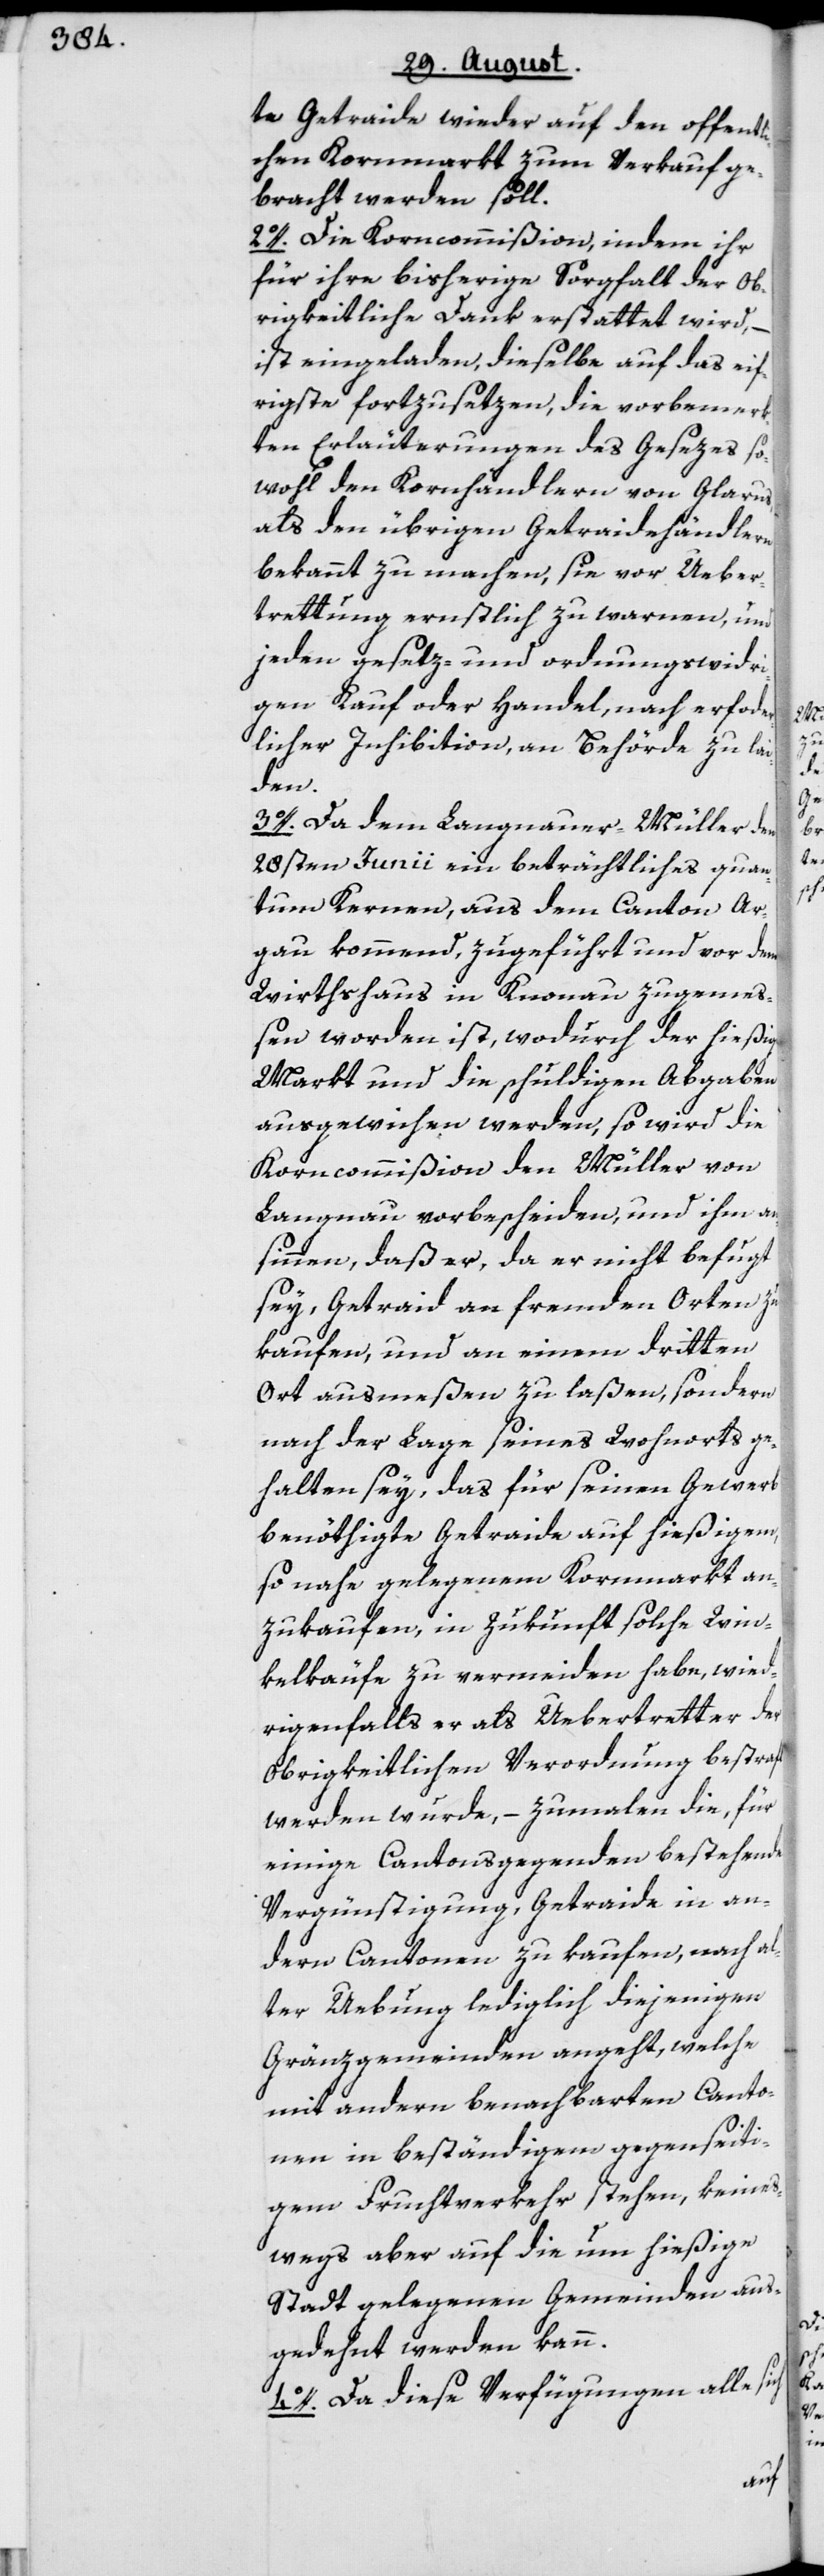
te Getraide wieder auf den offentli¬
chen Kornmarkt zum Verkauf ge¬
bracht werden soll.
2o. Die Korncommißion, indem ihr
für ihre bisherige Sorgfalt der ob¬
rigkeitliche Dank erstattet wird, –
ist eingeladen, dieselbe auf das eif¬
rigste fortzusetzen, die vorbemerk¬
ten Erläuterungen des Gesezes so¬
wohl den Kornhändlern von Glarus,
als den übrigen Getraidehändlern
bekannt zu machen, sie vor Ueber¬
trettung ernstlich zu warnen, und
jeden gesetz- und ordnungswidri¬
gen Kauf oder Handel, nach erfo[r]d¬
licher Inhibition, an Behörde zu lai¬
den.
3o. Da dem Langnauer-Müller den
28sten Junii ein beträchtliches quan¬
tum Kernen, aus dem Canton Ar¬
gau kommend, zugeführt und vor dem
Wirthshaus in Knonau zugemeß¬
en worden ist, wodurch der hießige
Markt und die schuldigen Abgaben
ausgewichen werden, so wird die
Korncommißion den Müller von
Langnau vorbescheiden, und ihm an¬
sinnen, daß er, da er nicht befugt
sey, Getraid an fremden Orten zu
kaufen, und an einem dritten
Ort ausmeßen zu laßen, sondern
nach der Lage seines Wohnorts ge¬
halten sey, das für seinen Gewerb
benöthigte Getraide auf hießigem,
so nahe gelegenem Kornmarkt an¬
zukaufen, in Zukunft solche Win¬
kelkäufe zu vermeiden habe, wied¬
rigenfalls er als Uebertretter der
obrigkeitlichen Verordnung bestraft
werden würde, – zumalen die, für
einige Cantonsgegenden bestehende
Vergünstigung, Getraide in an¬
dern Cantonen zu kaufen, nach al¬
ter Uebung lediglich diejenigen
Gränzgemeinden angeht, welche
mit andern benachbarten Canto¬
nen in beständigem gegenseiti¬
gem Fruchtverkehr stehen, keines¬
wegs aber auf die um hießige
Stadt gelegenen Gemeinden aus¬
gedehnt werden kann.
4o. Da diese Verfügungen alle sich

er¬